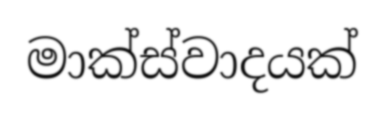
මාක්ස්වාදයක්